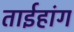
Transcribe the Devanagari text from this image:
ताईहांग